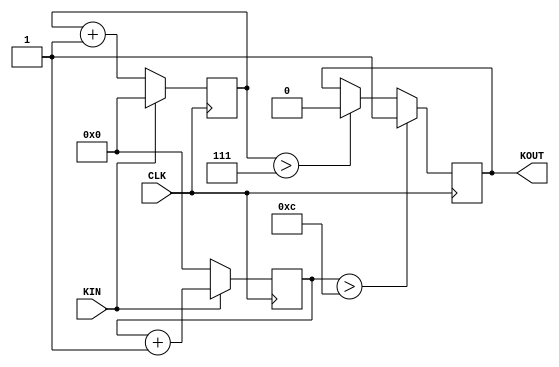
module ERZP (CLK, KIN,KOUT);
  input CLK, KIN;
  output KOUT; reg KOUT;
  reg[3:0] KH,KL;
  always @(posedge CLK) if(!KIN) KL<=KL+1;
     else  KL<=4'b0000;
  always @(posedge CLK) if(KIN) KH<=KH+1;
     else KH<=4'b0000;
  always @(posedge CLK)  begin
     if(KH>4'b1100) KOUT<=1'B1;
    else if(KL>4'b0111) KOUT<=1'B0;
  end
endmodule